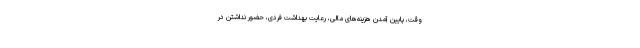
وقت، پایین آمدن هزینه‌های مالی، رعایت بهداشت فردی، حضور نداشتن در